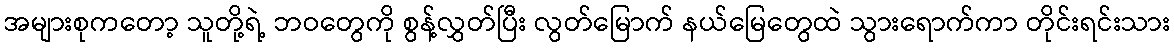
အများစုကတော့ သူတို့ရဲ့ ဘဝတွေကို စွန့်လွှတ်ပြီး လွတ်မြောက် နယ်မြေတွေထဲ သွားရောက်ကာ တိုင်းရင်းသား